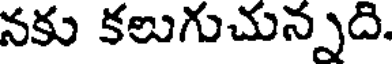
నకు కలుగుచున్నది.